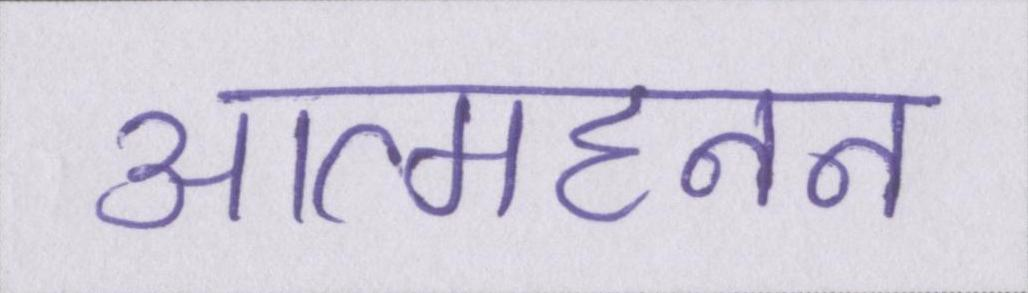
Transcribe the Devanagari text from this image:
आत्महनन